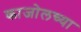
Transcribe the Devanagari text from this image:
काजोलच्या